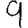
Digit: 9